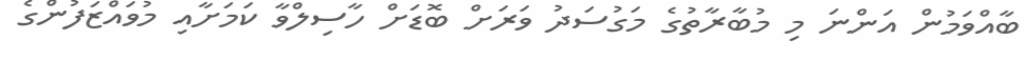
ބާއްވަމުން އަންނަ މި މުބާރާތުގެ މަގުސަދު ވަރަށް ބޮޑަށް ހާސިލްވާ ކަމަށާއި މުވައްޒަފުންގެ